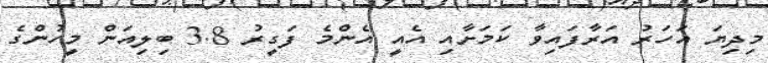
މިދިޔަ އަހަރު އަރާފައިވާ ކަމަށާއި އެއީ އެންމެ ފަގީރު 3.8 ބިލިއަން މީހުންގެ